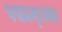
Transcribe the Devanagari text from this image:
पद्मप्रभृतका